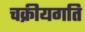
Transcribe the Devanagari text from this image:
चक्रीयगति